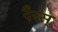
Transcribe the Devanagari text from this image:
दैरस्